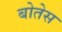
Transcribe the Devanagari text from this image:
बोतेस